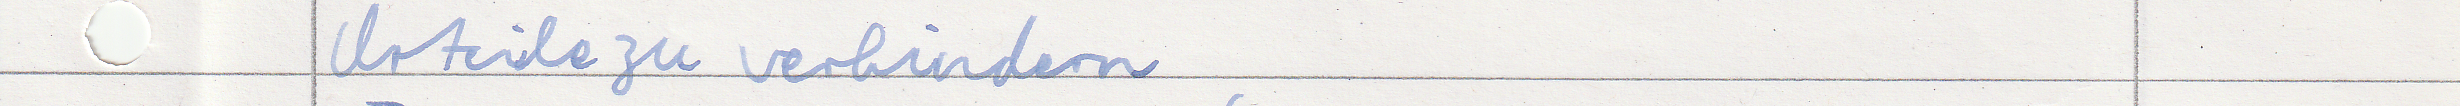
Urteile zu verhindern